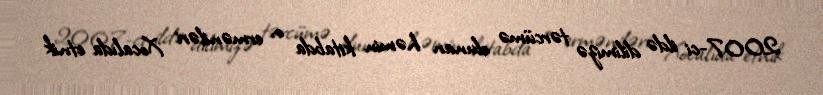
2007-ci ildə dilimizə tərcümə olunan həmin kitabda o, erməniləri Xocalıda etnik